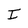
Character: I